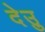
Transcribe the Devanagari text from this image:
देउु